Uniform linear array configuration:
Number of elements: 16
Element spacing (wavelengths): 1
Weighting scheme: exponential
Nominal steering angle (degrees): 45
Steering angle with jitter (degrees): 43.635
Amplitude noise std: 0.05
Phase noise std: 0.05

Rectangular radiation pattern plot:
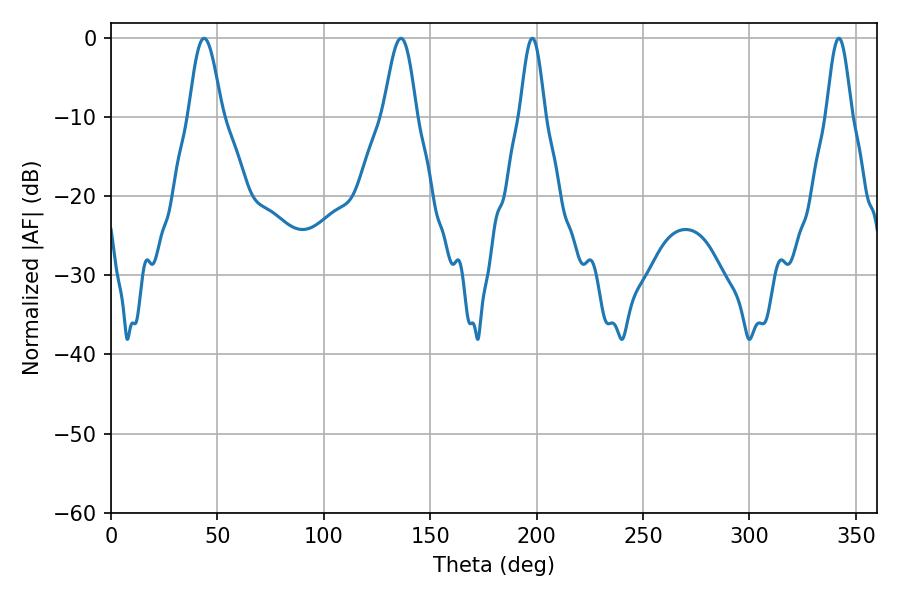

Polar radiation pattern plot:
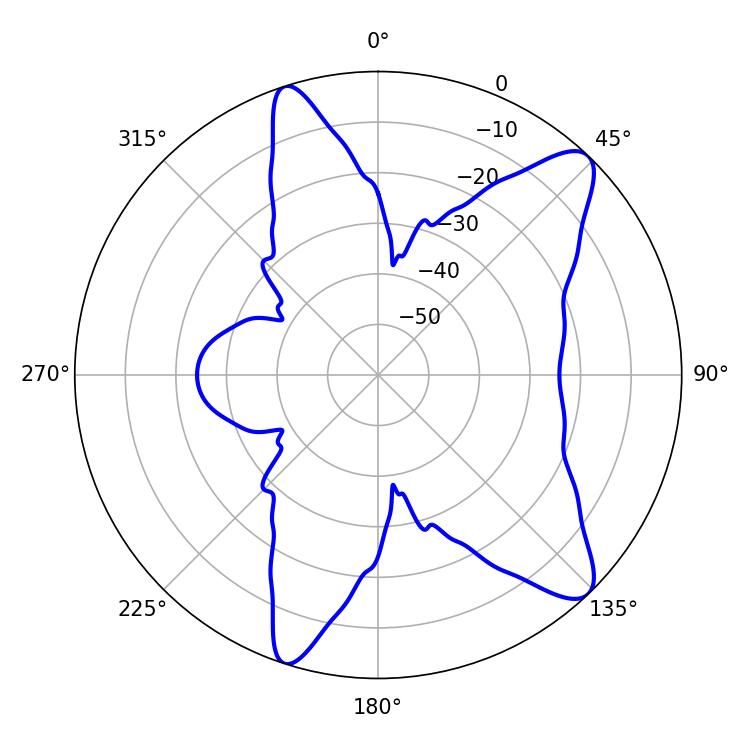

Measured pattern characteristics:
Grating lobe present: TRUE
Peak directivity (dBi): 10.817
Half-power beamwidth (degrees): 8.28
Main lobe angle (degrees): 43.74